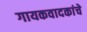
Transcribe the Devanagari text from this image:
गायकवादकांचे